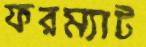
ফরম্যাট